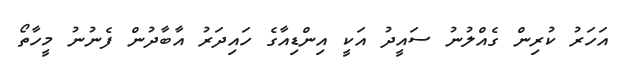
އަހަރު ކުރިން ގެއްލުނު ސައީދު އަކީ އިންޑިއާގެ ހައިދަރު އާބާދުން ފެނުނު މީހާތޯ